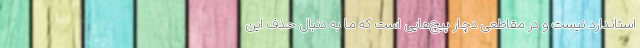
استاندارد نیست و در مقاطعی دچار پیچ‌هایی است که ما به دنبال حذف این